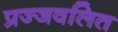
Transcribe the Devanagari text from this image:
प्रज्‍जवलित